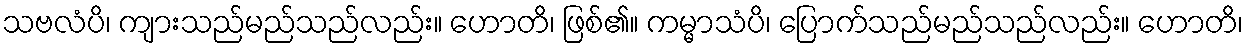
သဗလံပိ၊ ကျားသည်မည်သည်လည်း။ ဟောတိ၊ ဖြစ်၏။ ကမ္မာသံပိ၊ ပြောက်သည်မည်သည်လည်း။ ဟောတိ၊